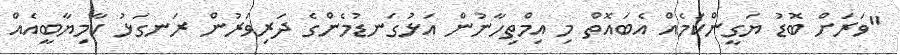
"ވަރަށް ބޮޑު ޔަގީންކަމެއް އެބައޮތް މި އިމްތިހާނުން އަޅުގަނޑުމެންގެ ދަރިވަރުން ރަނގަޅު ކާމިޔާބީއެއް